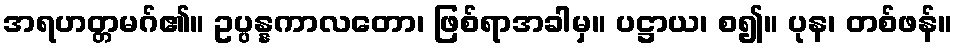
အရဟတ္တမဂ်၏။ ဥပ္ပန္နကာလတော၊ ဖြစ်ရာအခါမှ။ ပဋ္ဌာယ၊ စ၍။ ပုန၊ တစ်ဖန်။